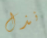
نذل